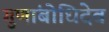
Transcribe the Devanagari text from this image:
गुणांबोधिदेव